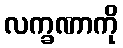
လက္ခဏာကို